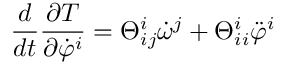
\frac { d } { d t } \frac { \partial T } { \partial \dot { \varphi } ^ { i } } = \Theta _ { i j } ^ { i } \dot { \omega } ^ { j } + \Theta _ { i i } ^ { i } \ddot { \varphi } ^ { i }